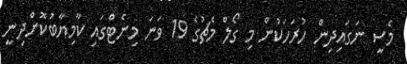
މެސީ ނަގައިދިން ހުރަހަކުން މި ގޯލް މެޗުގެ 19 ވަނަ މިނެޓްގައި ކާމިޔާބުކޮށްދިނީ